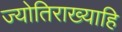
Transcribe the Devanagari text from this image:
ज्योतिराख्याहि